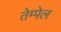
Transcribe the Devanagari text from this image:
तेम्पेल